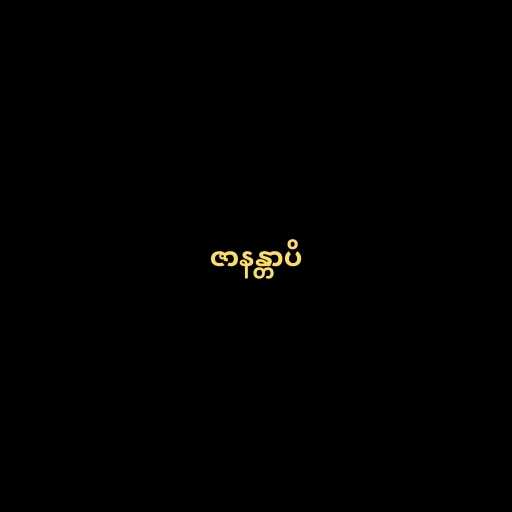
ဇာနန္တာပိ